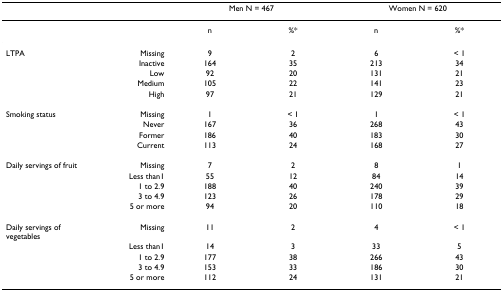
<table><thead><tr><td></td><td></td><td colspan="2"><b>Men N = 467</b></td><td colspan="2"><b>Women N = 620</b></td></tr></thead><tbody><tr><td></td><td></td><td>n</td><td>%*</td><td>n</td><td>%*</td></tr><tr><td>LTPA</td><td>Missing</td><td>9</td><td>2</td><td>6</td><td>&lt; 1</td></tr><tr><td></td><td>Inactive</td><td>164</td><td>35</td><td>213</td><td>34</td></tr><tr><td></td><td>Low</td><td>92</td><td>20</td><td>131</td><td>21</td></tr><tr><td></td><td>Medium</td><td>105</td><td>22</td><td>141</td><td>23</td></tr><tr><td></td><td>High</td><td>97</td><td>21</td><td>129</td><td>21</td></tr><tr><td>Smoking status</td><td>Missing</td><td>1</td><td>&lt; 1</td><td>1</td><td>&lt; 1</td></tr><tr><td></td><td>Never</td><td>167</td><td>36</td><td>268</td><td>43</td></tr><tr><td></td><td>Former</td><td>186</td><td>40</td><td>183</td><td>30</td></tr><tr><td></td><td>Current</td><td>113</td><td>24</td><td>168</td><td>27</td></tr><tr><td>Daily servings of fruit</td><td>Missing</td><td>7</td><td>2</td><td>8</td><td>1</td></tr><tr><td></td><td>Less than1</td><td>55</td><td>12</td><td>84</td><td>14</td></tr><tr><td></td><td>1 to 2.9</td><td>188</td><td>40</td><td>240</td><td>39</td></tr><tr><td></td><td>3 to 4.9</td><td>123</td><td>26</td><td>178</td><td>29</td></tr><tr><td></td><td>5 or more</td><td>94</td><td>20</td><td>110</td><td>18</td></tr><tr><td>Daily servings of vegetables</td><td>Missing</td><td>11</td><td>2</td><td>4</td><td>&lt; 1</td></tr><tr><td></td><td>Less than1</td><td>14</td><td>3</td><td>33</td><td>5</td></tr><tr><td></td><td>1 to 2.9</td><td>177</td><td>38</td><td>266</td><td>43</td></tr><tr><td></td><td>3 to 4.9</td><td>153</td><td>33</td><td>186</td><td>30</td></tr><tr><td></td><td>5 or more</td><td>112</td><td>24</td><td>131</td><td>21</td></tr></tbody></table>